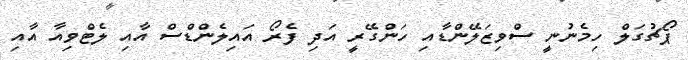
ޕޯޗުގަލް ހިމެނުނީ ސްވިޒަލޭންޑާއި ހަންގޭރީ އަދި ފެރޯ އައިލެންޑްސް އާއި ލެޓްވިއާ އާއި